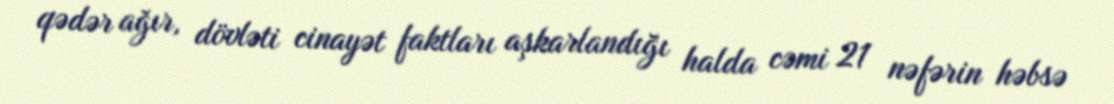
qədər ağır, dövləti cinayət faktları aşkarlandığı halda cəmi 21 nəfərin həbsə